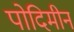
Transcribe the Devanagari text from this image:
पोदिमीन